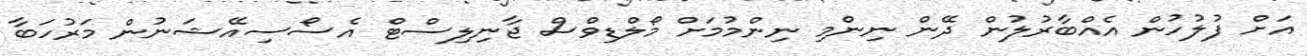
އަށް ފުލުހުން އެއްބާރުލުން ދޭން ނިންމި ނިންމުމަށް މޯލްޑިވްސް ޖާނިލިސްޓް އެސޯސިއޭޝަނުން މަރުހަބާ